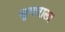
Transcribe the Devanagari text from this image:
जुगाराला